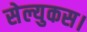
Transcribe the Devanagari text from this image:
सेल्युकस।